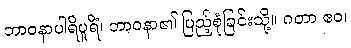
ဘာဝနာပါရိပူရိံ၊ ဘာဝနာ၏ ပြည့်စုံခြင်းသို့။ ဂတာ ဧဝ၊